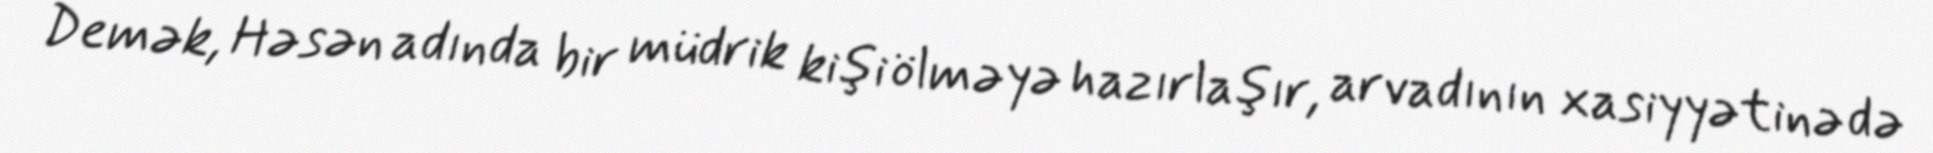
Demək, Həsən adında bir müdrik kişi ölməyə hazırlaşır, arvadının xasiyyətinə də